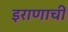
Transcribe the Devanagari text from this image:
इराणाची